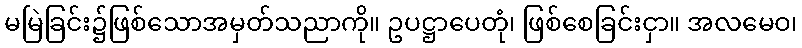
မမြဲခြင်း၌ဖြစ်သောအမှတ်သညာကို။ ဥပဋ္ဌာပေတုံ၊ ဖြစ်စေခြင်းငှာ။ အလမေဝ၊